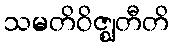
သမတိဝိဇ္ဈတီတိ